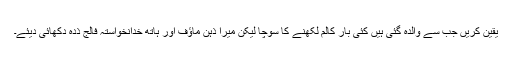
یقین کریں جب سے والدہ گئی ہیں کئی بار کالم لکھنے کا سوچا لیکن میرا ذہن ماؤف اور ہاتھ خدانخواستہ فالج ذدہ دکھائی دیئے۔